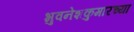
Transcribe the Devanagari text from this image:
भुवनेशकुमारच्या